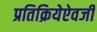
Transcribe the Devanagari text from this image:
प्रतिक्रियेऐवजी